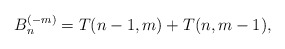
\begin{gather*} B_{n}^{(-m)} =T(n-1,m)+T(n,m-1),\end{gather*}